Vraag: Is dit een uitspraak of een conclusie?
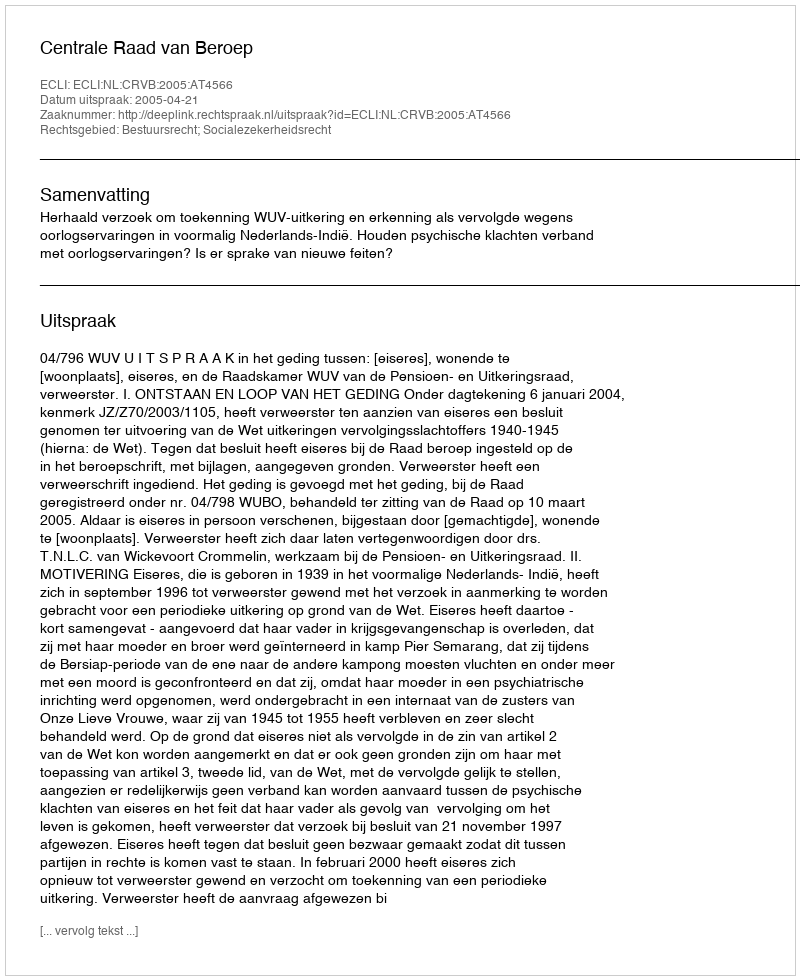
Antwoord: Uitspraak